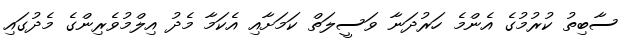
ސާބިތު ކުރުމުގެ އެންމެ ހަރުދަނާ ވަސީލަތް ކަމަށާއި އެކަމާ މެދު އިލްމުވެރިންގެ މެދުގައި